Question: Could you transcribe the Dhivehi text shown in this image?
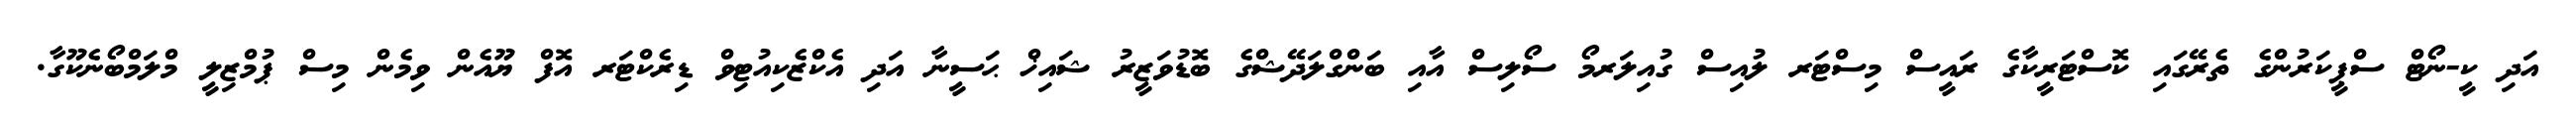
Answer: އަދި ކީ-ނޯޓް ސްޕީކަރުންގެ ތެރޭގައި ކޮސްޓަރީކާގެ ރައީސް މިސްޓަރ ލުއިސް ގުއިލަރމޯ ސޯލިސް އާއި ބަންގްލަދޭޝްގެ ބޮޑުވަޒީރު ޝައިޚް ޙަސީނާ އަދި އެކްޒެކިއުޓިވް ޑިރެކްޓަރ އޮފް ޔޫއެން ވިމެން މިސް ޕުމްޒިލީ މްލަމްބޯނެކޫގާ.